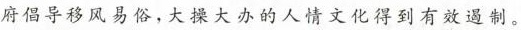
府倡导移风易俗，大操大办的人情文化得到有效遏制。